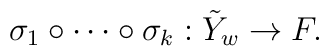
\sigma_{1}\circ\cdots\circ\sigma_{k}: \tilde{Y}_{w}\rightarrow F.